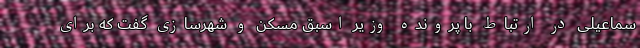
سماعیلی در ارتباط با پرونده وزیر اسبق مسکن و شهرسازی گفت که برای